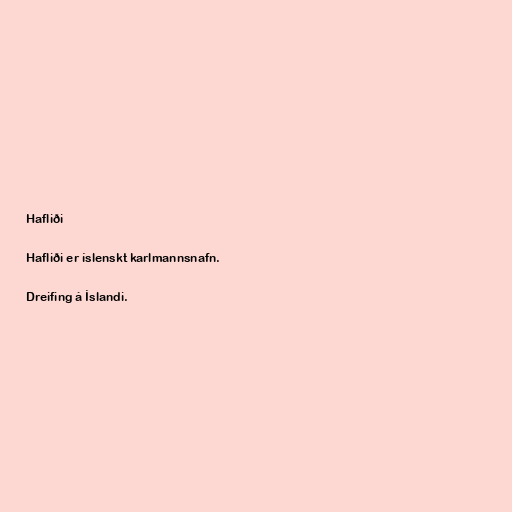
Hafliði

Hafliði er íslenskt karlmannsnafn.

Dreifing á Íslandi.